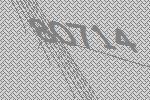
80714